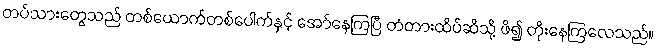
တပ်သားတွေသည် တစ်ယောက်တစ်ပေါက်နှင့် အော်နေကြပြီ တံတားထိပ်ဆီသို့ ဖိ၍ တိုးနေကြလေသည်။